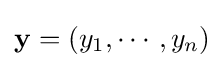
\mathbf {y} =(y_{1},\cdots ,y_{n})